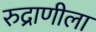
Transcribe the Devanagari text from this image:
रुद्राणीला